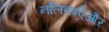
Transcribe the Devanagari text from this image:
नलिकाएँऔर